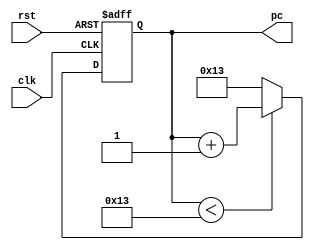
module PC(
 
  input rst,
  input clk,
  output reg [31:0]pc
  );

	always @(posedge clk or posedge rst)
		if (rst == 1)
		pc = 0;
		
		else if(pc < 19)
				pc = pc + 1;
				else
				pc = 19;
  endmodule